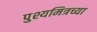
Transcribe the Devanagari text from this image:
पुश्यमित्रच्या